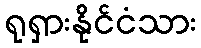
ရုရှားနိုင်ငံသား